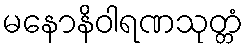
မနောနိဝါရဏသုတ္တံ